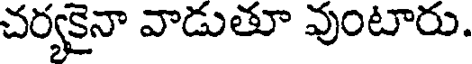
చర్యకైనా వాడుతూ వుంటారు.